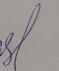
Signature authenticity: forged